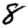
Digit: 8